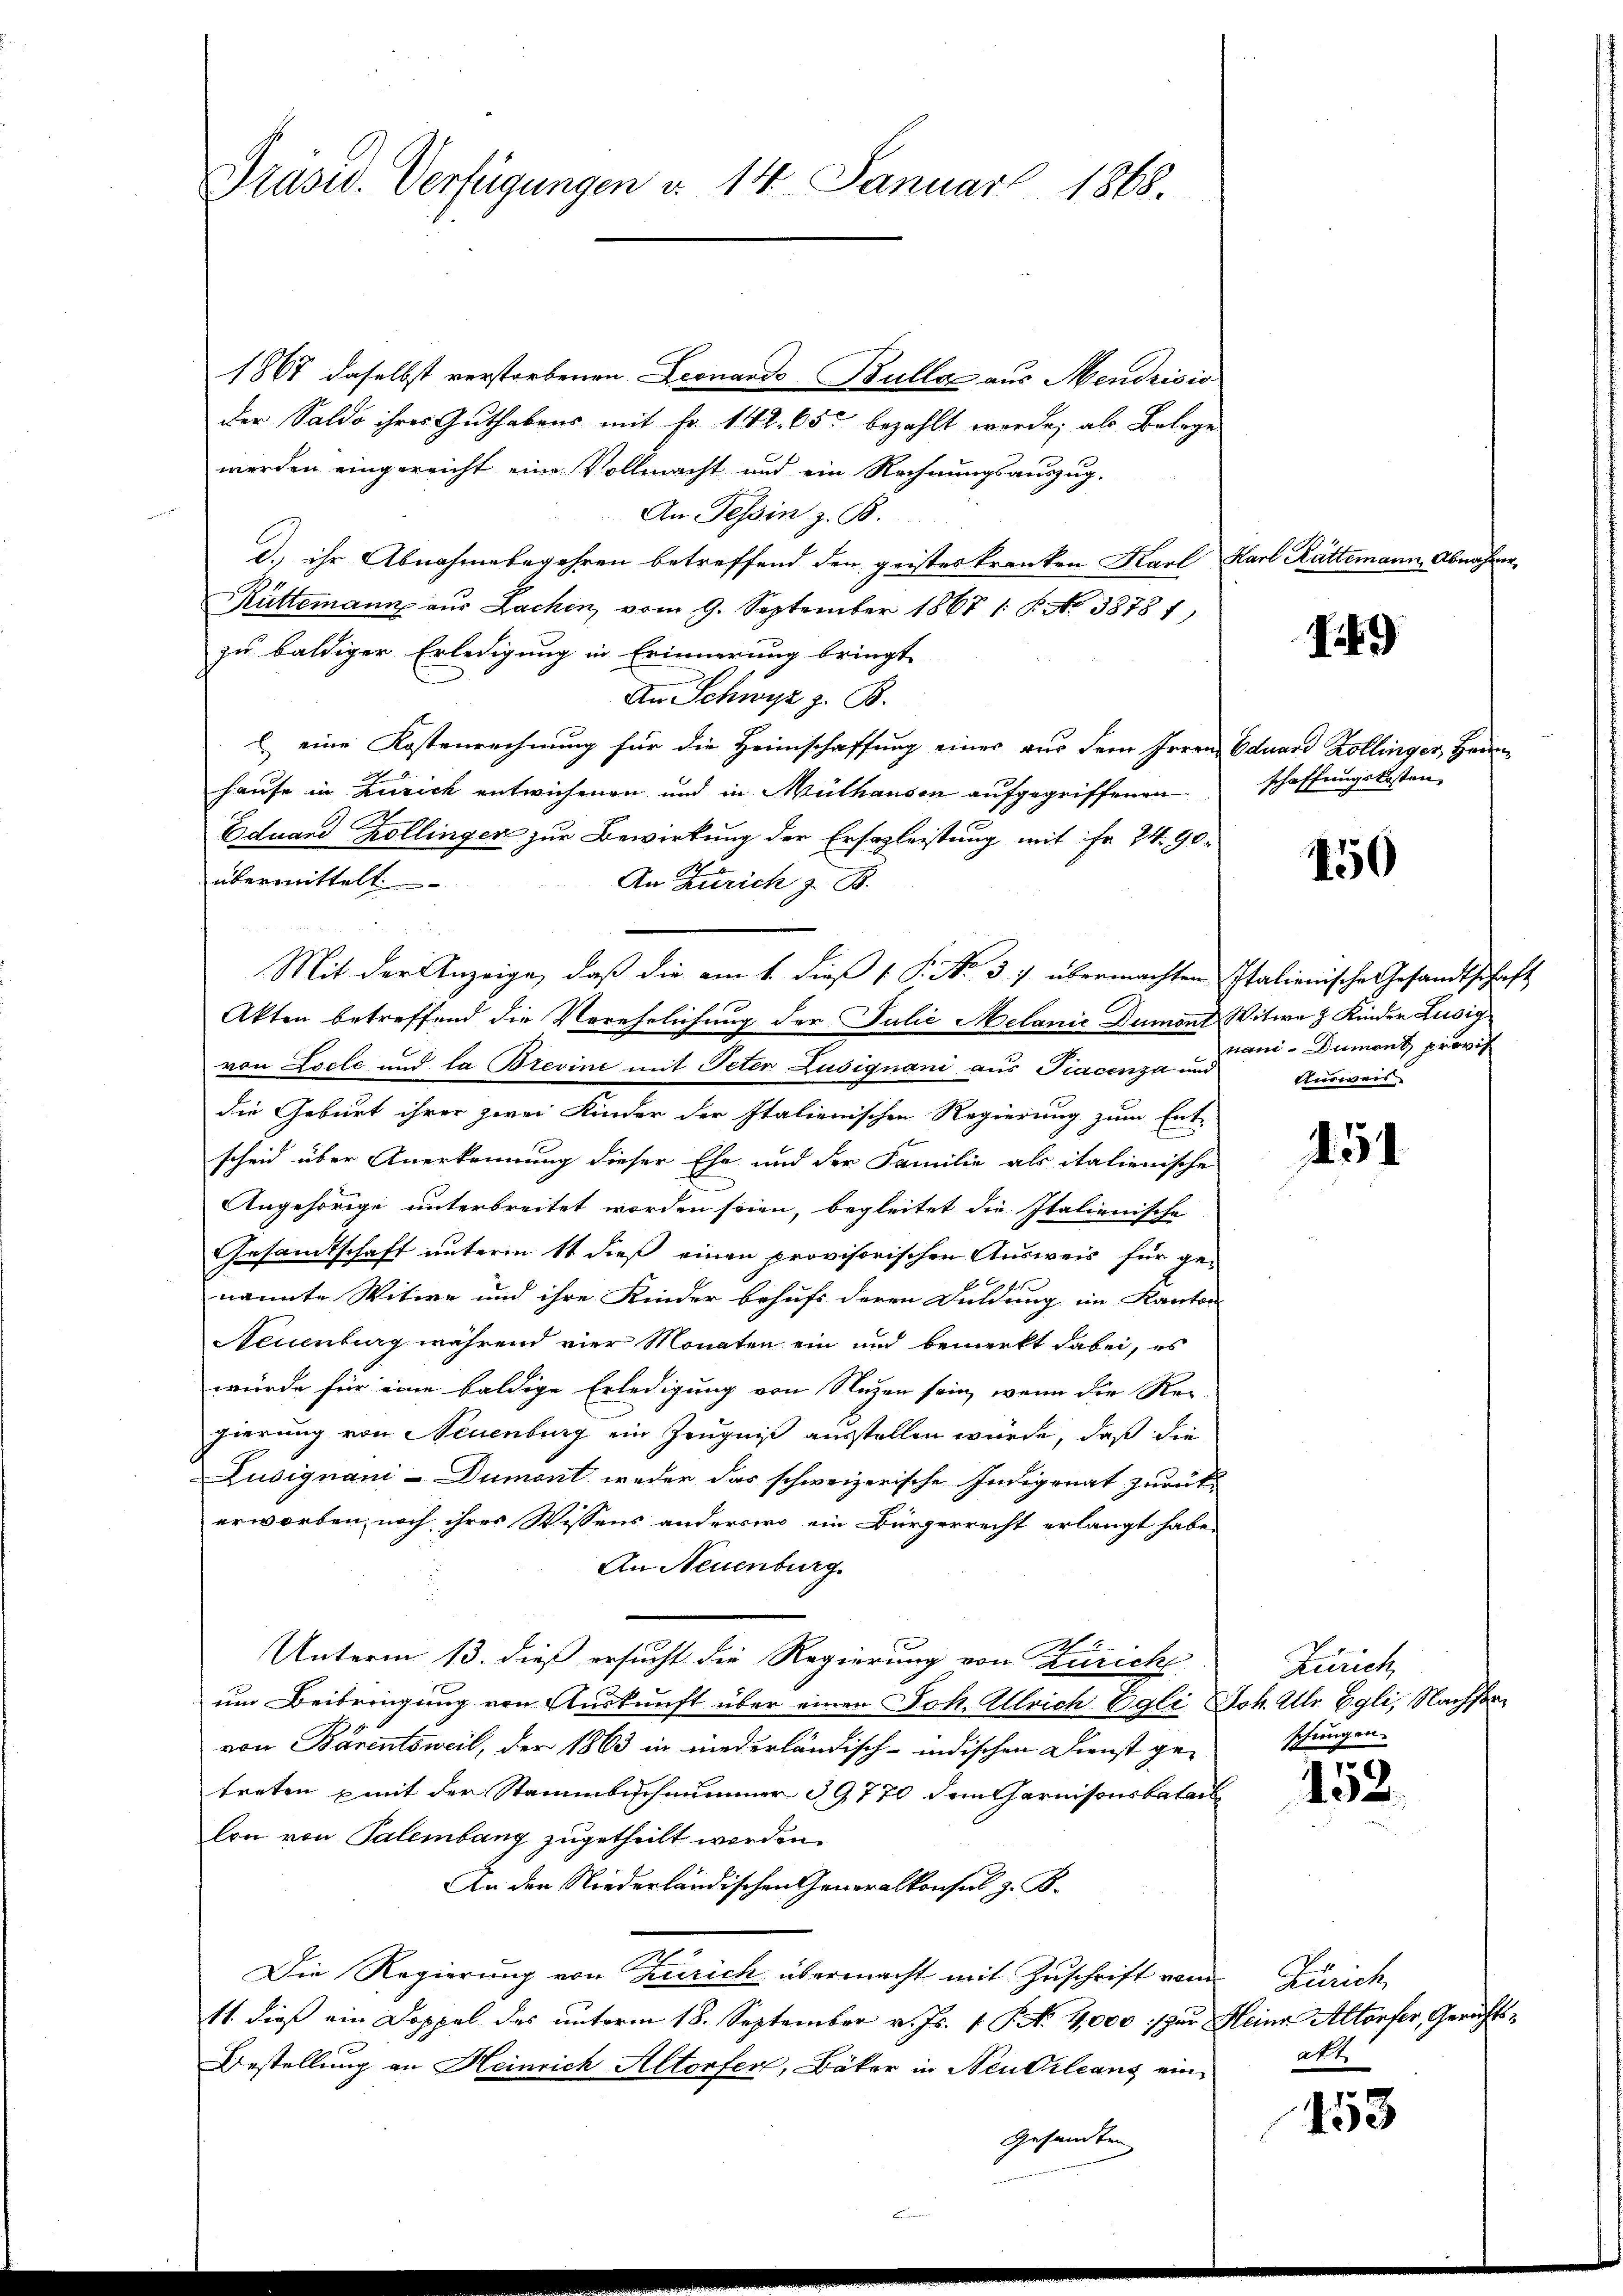
Präsid. Verfügungen d. 14. Januar 1868.

1867 daselbst verstorbenen Leonardo Bulla aus Mendrisis
der Saldo ihres Guthabens mit Fr. 142, 65 bezahlt werde; als Belege
werden eingereicht eine Vollmacht und ein Rechnungsauszug.
An Tessin z. B.
d.) ihr Abnahmebegehren betreffend den geistes kranken Karl
Rüttimann aus Lachen, vom 9. September 1867 (: P. No 38781)
zu baldiger Erledigung in Erinnerung bringt
An Schwyz z. B.
l eine Kostenrechnung für die Heimschaffung einer aus dem Irre
hause in Zürich entwichenen und in Mülhausen aufgegriffenen
Eduard Kollinger zur Bewirkung der Erfogleistung mit Fr. 24. 90
übermittelt.
An Zürich z. B.
Akten betreffend die Verehelichung der Julie Melanie Dumont
von Locle und la Brevint mit Peter Zusignani aus Piacenza und
die Geburt ihrer zwei Kinder der Italienischen Regierung zum Ent-
scheid über Anerkennung dieser Ehe und der Familie als italienische
Angehörige unterbreitet worden seien, begleitet die Italienische
Gesandtschaft unterm 11 dieß einen provisorischen Ausweis für ge-
nannte Witwe und ihre Kinder behufs deren Duldung im Kanto-
Neuenburg während vier Monaten ein und bemerkt dabei, es
würde für eine baldige Erledigung von Nuzen sein, wenn die Regierung von Neuenburg ein Zeugniß ausstellen würde, daß die
Lusignani-Dumont weder das schweizerische Indigenat zurück-
erworben, noch ihres Wissens anderswo ein Bürgerrecht erlangt habe
An Neuenburg.
2
Unterm 13. dieß ersucht die Regierung von Zürich
um Beibringung von Auskunft über einen Joh. Ulrich Egli
von Bärentsweil, der 1863 in niederländisch-indischen Dienst ge-
treten mit der Stammbischnummer 39770 dem Garnisonsbatai
lon von Palembang zugetheilt worden.
An der Niederländischen Generalkonsul z. B.
Die Regierung von Zürich übermacht mit Zuschrift vom Zürich
11. dieß ein Doppel des unterm 18. September v. Js. v. P. No. 4000 s zur Heine Altorfer, Gerichts¬
Bestellung an Heinrich Altorfer, Bäker in Neuerlang ein¬

Mit der Anzeige, daß die am 1. dieß ( P. No. 37 übermachten Italienische Gesandtschaft

Karl Rüttimann, Abnahme

49

Eduard Kollinger, Herrn
schaffungskosten,

450

Witwe J. Kinder Lusig
rani Dumont provis
tterinner

151

Zürich
Joh. Ulr. Egli, Nachsanschungen.

152.

at 4.

453